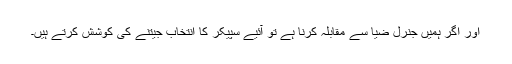
اور اگر ہمیں جنرل ضیا سے مقابلہ کرنا ہے تو آئیے سپیکر کا انتخاب جیتنے کی کوشش کرتے ہیں۔